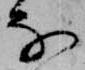
な